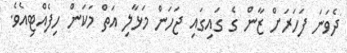
ދެވަނަ ފަހަރަށް ޒާން ގެ ގައިގައި ޖަހަން މަޅާލި އަތް މަކަން ހިފެއްޓިއެވެ.